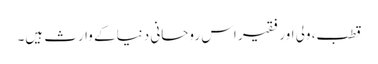
قطب، ولی اور فقیر اس روحانی دنیا کے وارث ہیں۔